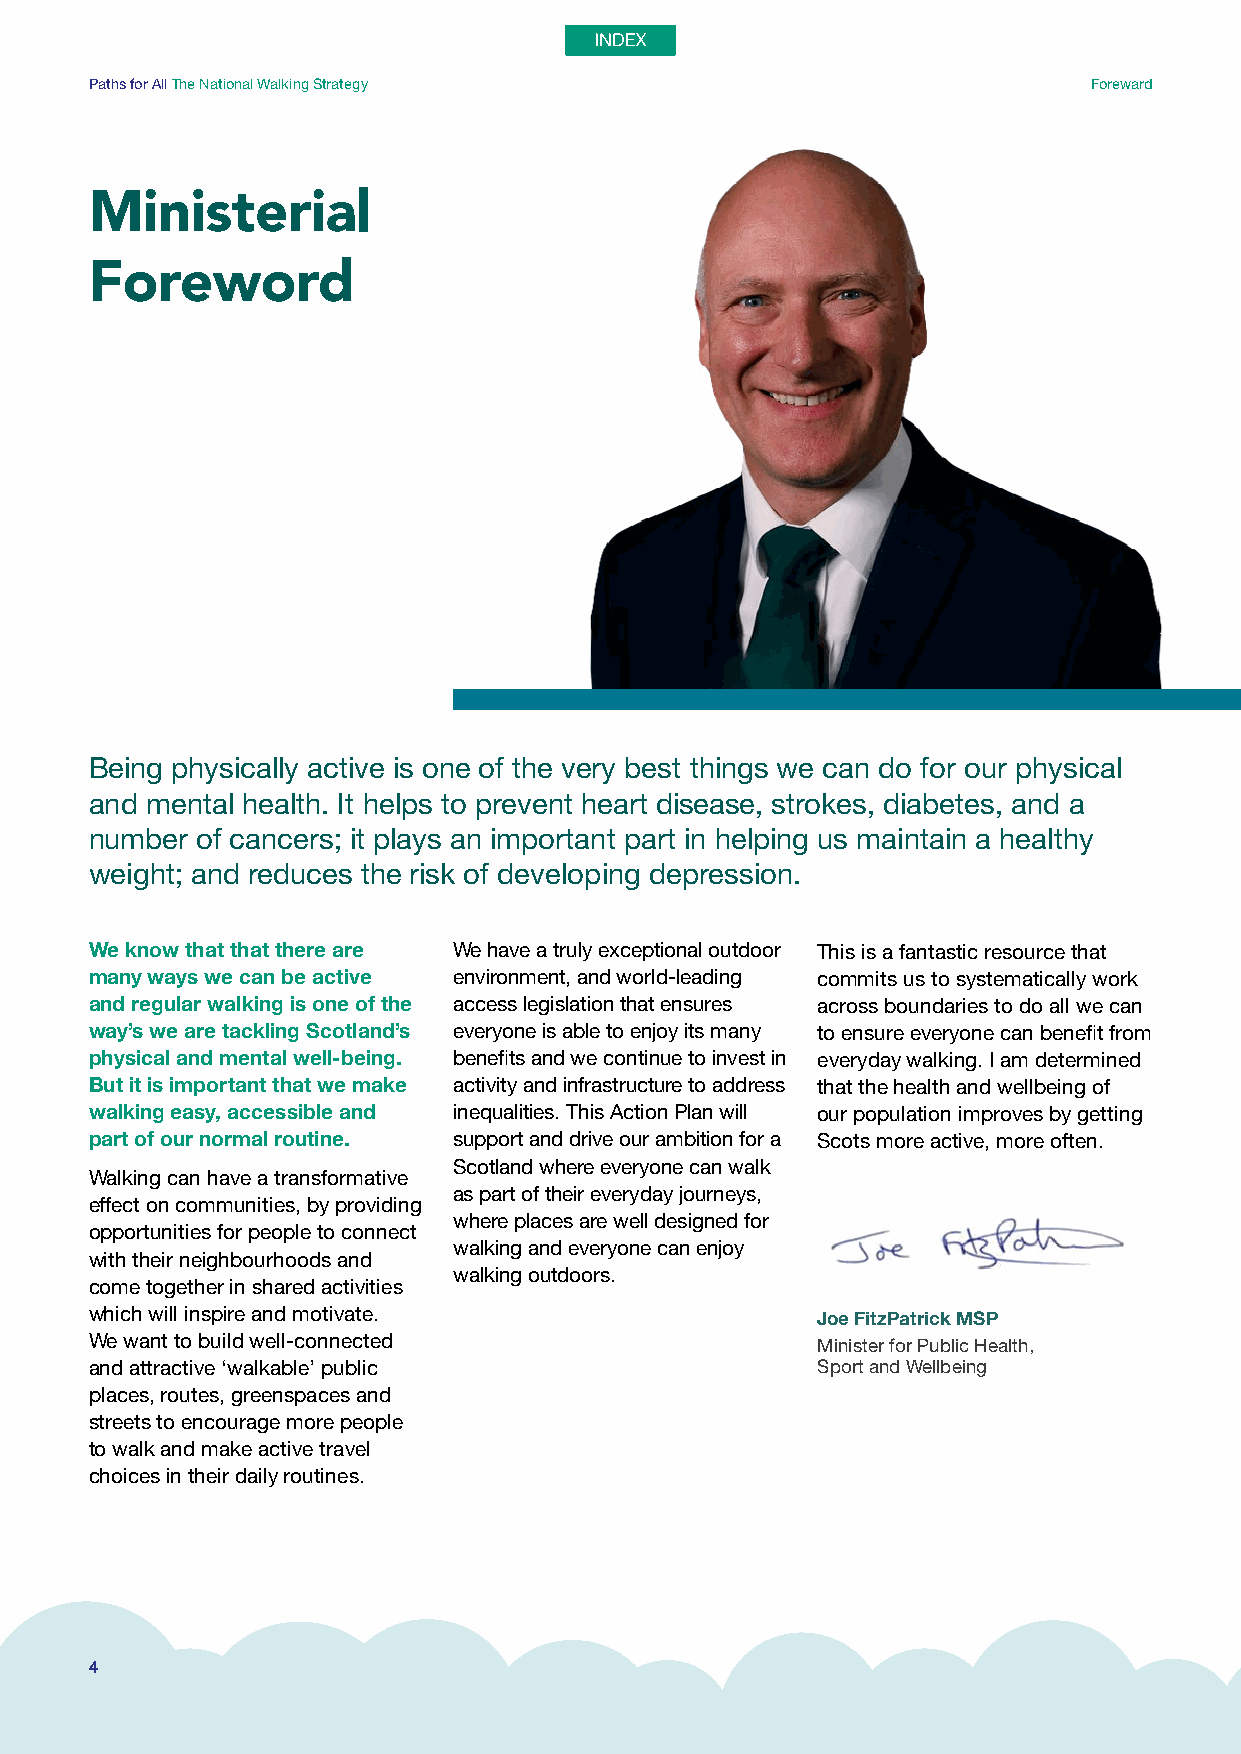
Paths for All The National Walking Strategy                       Foreward
 Ministerial
 Foreword
 Being physically active is one of the very best things we can do for our physical
 and mental health. It helps to prevent heart disease, strokes, diabetes, and a
 number of cancers; it plays an important part in helping us maintain a healthy
 weight; and reduces the risk of developing depression.
 We know that that there are We have a truly exceptional outdoor This is a fantastic resource that
 many ways we can be active environment, and world-leading commits us to systematically work
 and regular walking is one of the access legislation that ensures across boundaries to do all we can
 way’s we are tackling Scotland’s everyone is able to enjoy its many to ensure everyone can benefit from
 physical and mental well-being. benefits and we continue to invest in everyday walking. I am determined
 But it is important that we make activity and infrastructure to address that the health and wellbeing of
 walking easy, accessible and inequalities. This Action Plan will our population improves by getting
 part of our normal routine. support and drive our ambition for a Scots more active, more often.
 Scotland where everyone can walk
 Walking can have a transformative
 as part of their everyday journeys,
 effect on communities, by providing
 where places are well designed for
 opportunities for people to connect
 walking and everyone can enjoy
 with their neighbourhoods and
 walking outdoors.
 come together in shared activities
 which will inspire and motivate.                Joe FitzPatrick MSP
 We want to build well-connected                 Minister for Public Health,
 and attractive ‘walkable’ public                Sport and Wellbeing
 places, routes, greenspaces and
 streets to encourage more people
 to walk and make active travel
 choices in their daily routines.
 4